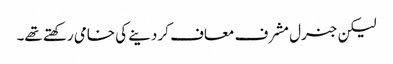
لیکن جنرل مشرف معاف کر دینے کی خامی رکھتے تھے۔